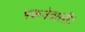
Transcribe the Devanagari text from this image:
पकनेवाली।